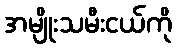
အမျိုးသမီးငယ်ကို